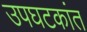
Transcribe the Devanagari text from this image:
उपघटकांत